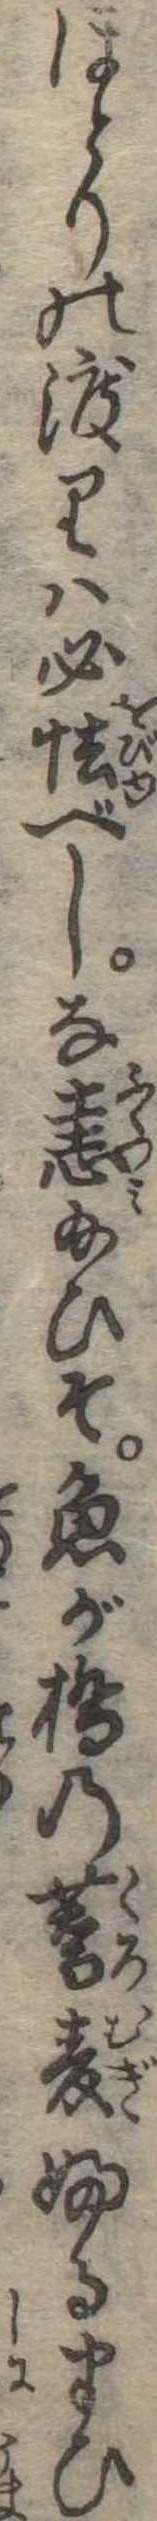
ほとりの渡りは必怯べしな恚給ひそ魚が橋の蕎麦ふるまひ